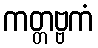
ကတ္တဗ္ဗကံ